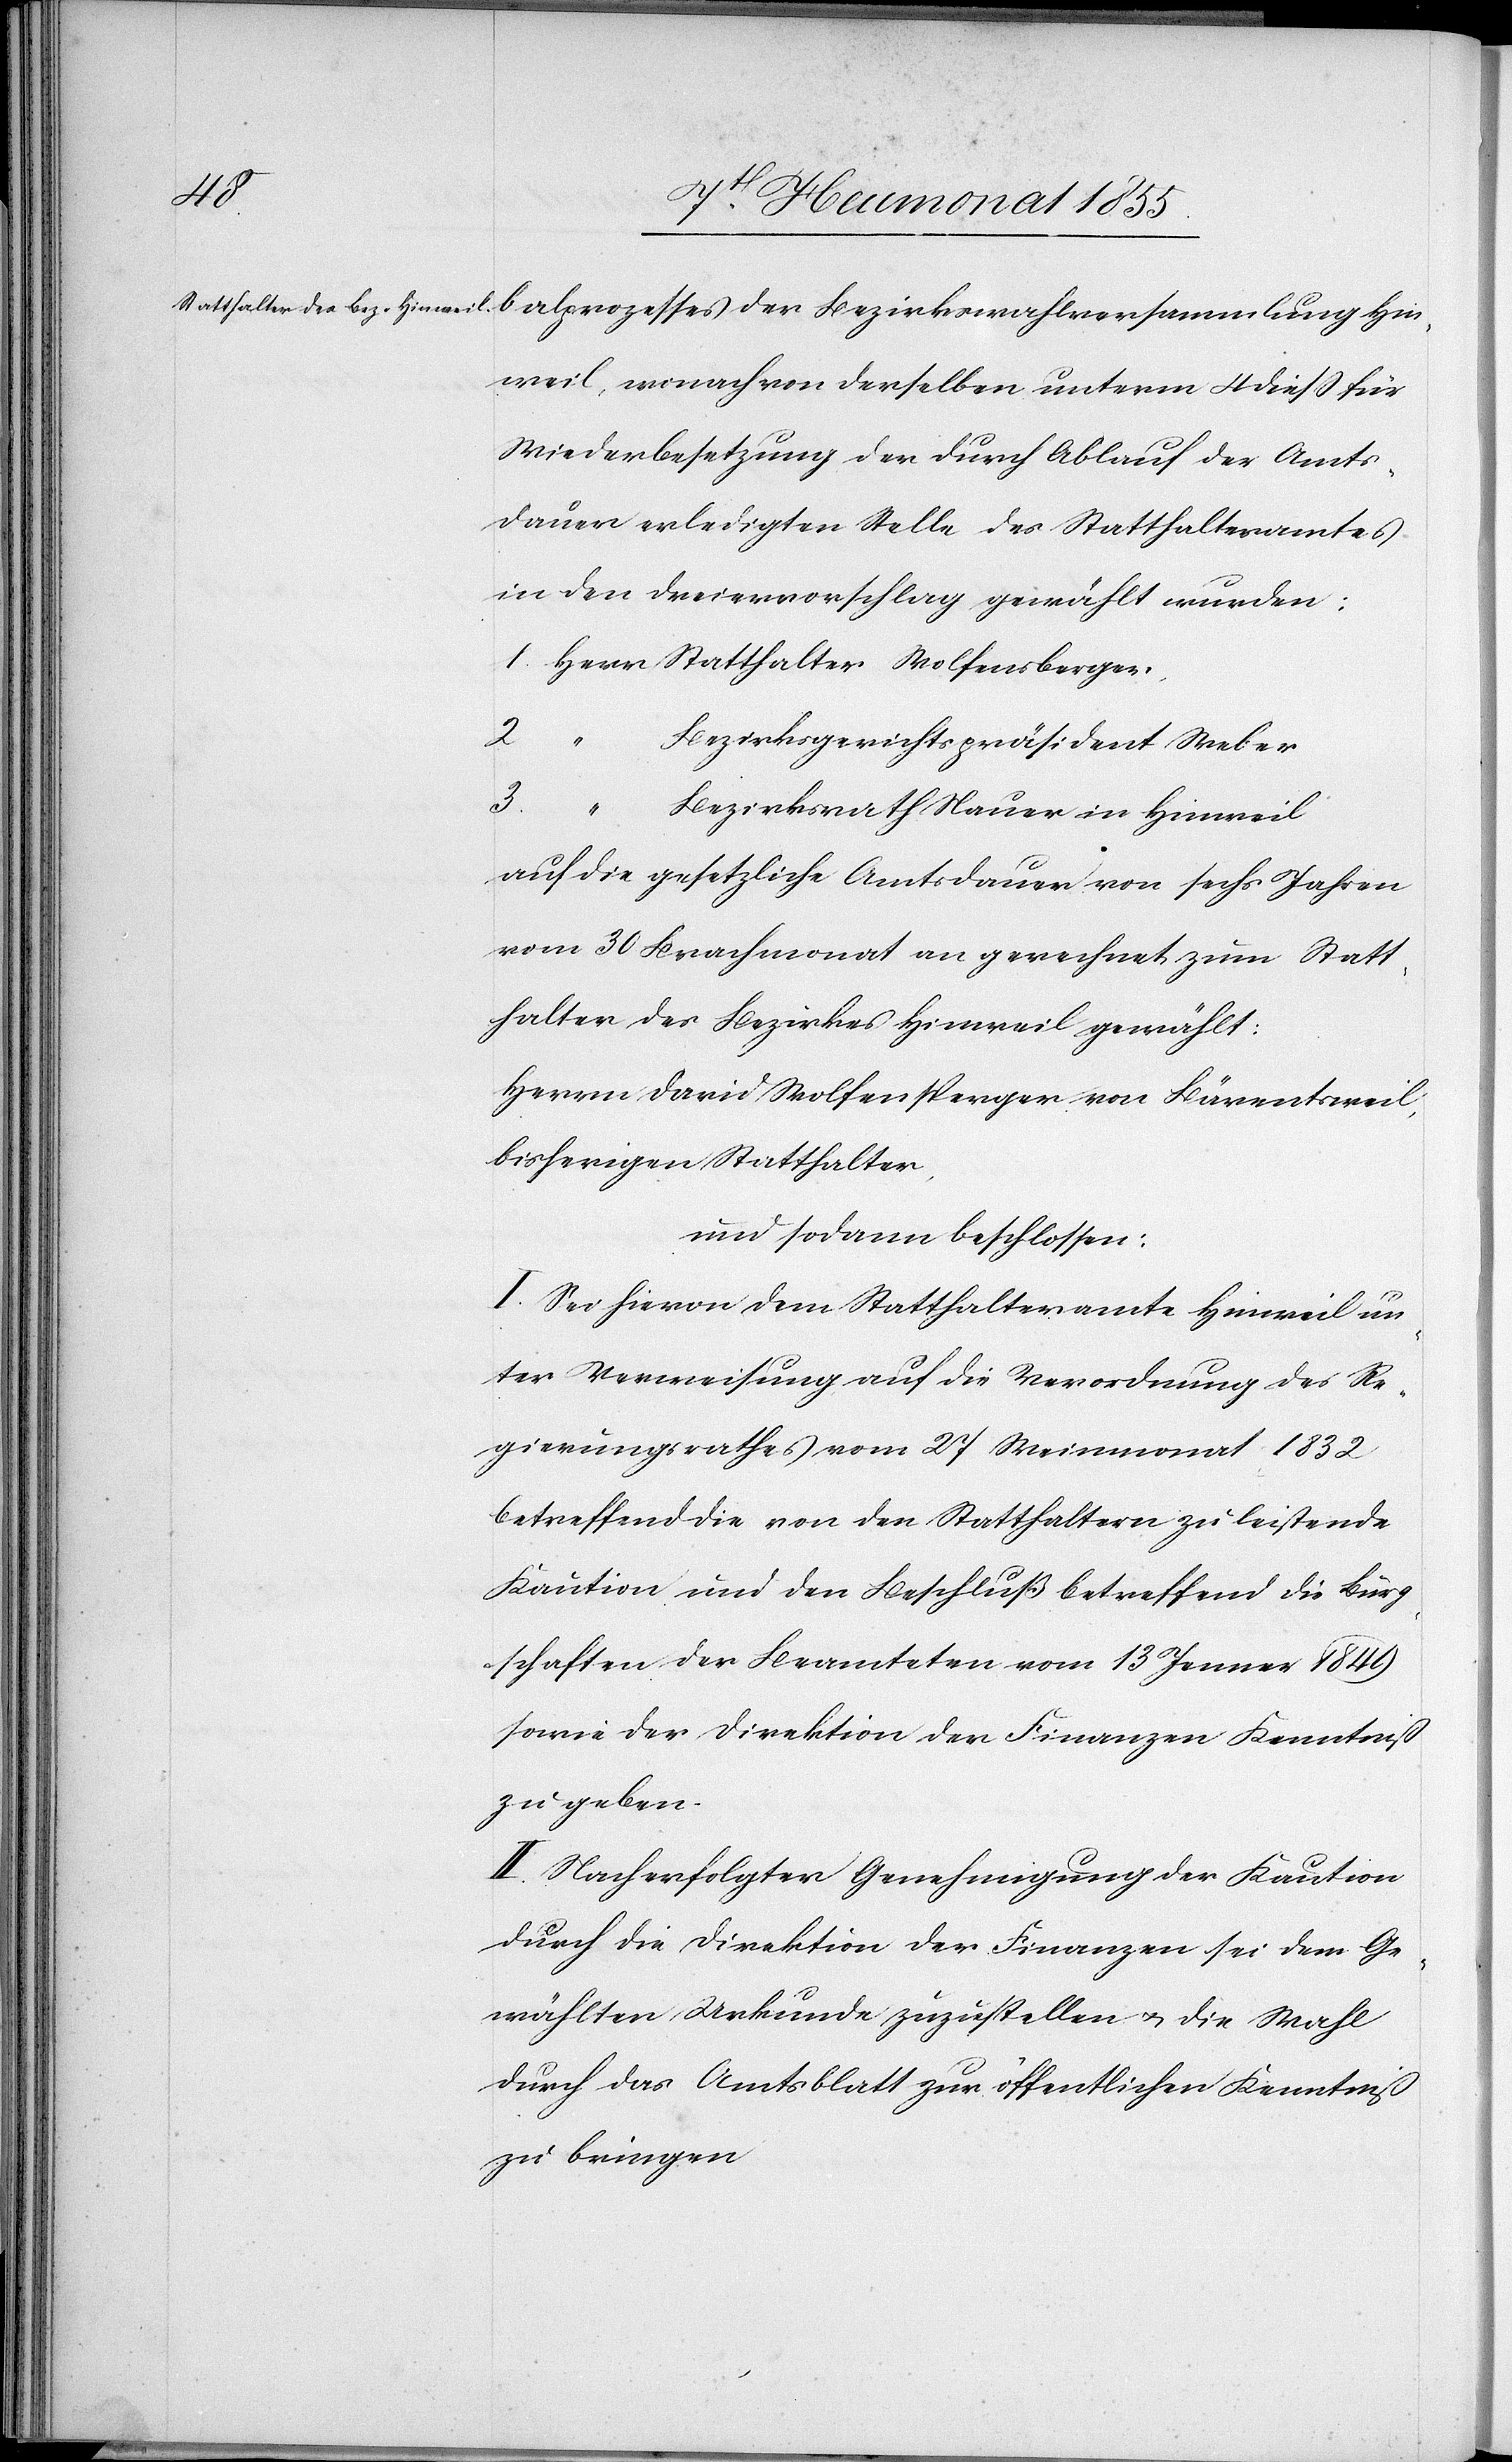
balprozesses der Bezirkswahlversammlung Hin¬
weil, wonach von derselben unterm 4 diess für
Wiederbesetzung der durch Ablauf der Amts¬
dauer erledigten Stelle des Statthalteramtes
in den Dreiervorschlag gewählt wurden:
1. Herr Statthalter Wolfensberger
2
“ Bezirksgerichtspräsident Weber
3.
“ Bezirksrath Nauer in Hinweil
auf die gesetzliche Amtsdauer von sechs Jahren
vom 30 Brachmonat an gerechnet zum Statt¬
halter des Bezirkes Hinweil gewählt:
Herrn David Wolfensperger von Bärentsweil,
bisherigen Statthalter,
und sodann beschlossen:
I. Sei hievon dem Statthalteramte Hinweil un¬
ter Verweisung auf die Verordnung des Re¬
gierungsrathes vom 27 Weinmonat 1832
betreffend die von den Statthaltern zu leistende
Kaution und den Beschluß betreffend die Bürg¬
schaften der Beamteten vom 13 Jenner 1849
sowie der Direktion der Finanzen Kenntniß
zu geben.
II. Nach erfolgter Genehmigung der Kaution
durch die Direktion der Finanzen sei dem Ge¬
wählten Urkunde zuzustellen & die Wahl
durch das Amtsblatt zur öffentlichen Kenntniß
zu bringen[.]